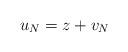
LaTeX: \begin{align*} u_N = z + v_N\end{align*}